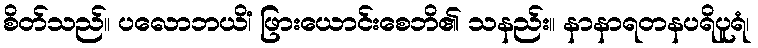
စိတ်သည်။ ပလောဘယိံ၊ ဖြားယောင်းစေဘိ၏ သနည်း။ နာနာရတနပရိပူရံ၊